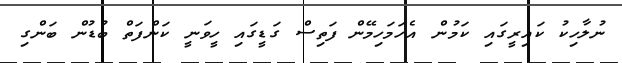
ނުލާހިކު ކައިރީގައި ކަމުން އެހަމަހިމޭން ފަތިސް ގަޑީގައި ހީވަނީ ކަންފަތް ބުޑުން ބަންގި